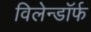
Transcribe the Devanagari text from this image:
विलेन्डॉर्फ